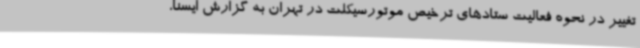
تغییر در نحوه فعالیت ستادهای ترخیص موتورسیکلت در تهران به گزارش ایسنا،